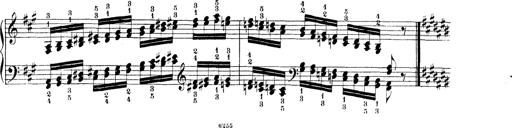
Title: Technische Studien
Composer: Franz Liszt